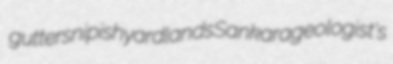
guttersnipish yardlands Sankara geologist's